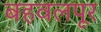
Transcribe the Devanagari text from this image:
बहवलपूर